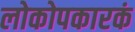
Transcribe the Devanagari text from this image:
लोकोपकारकं